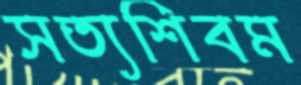
সত্যশিবম